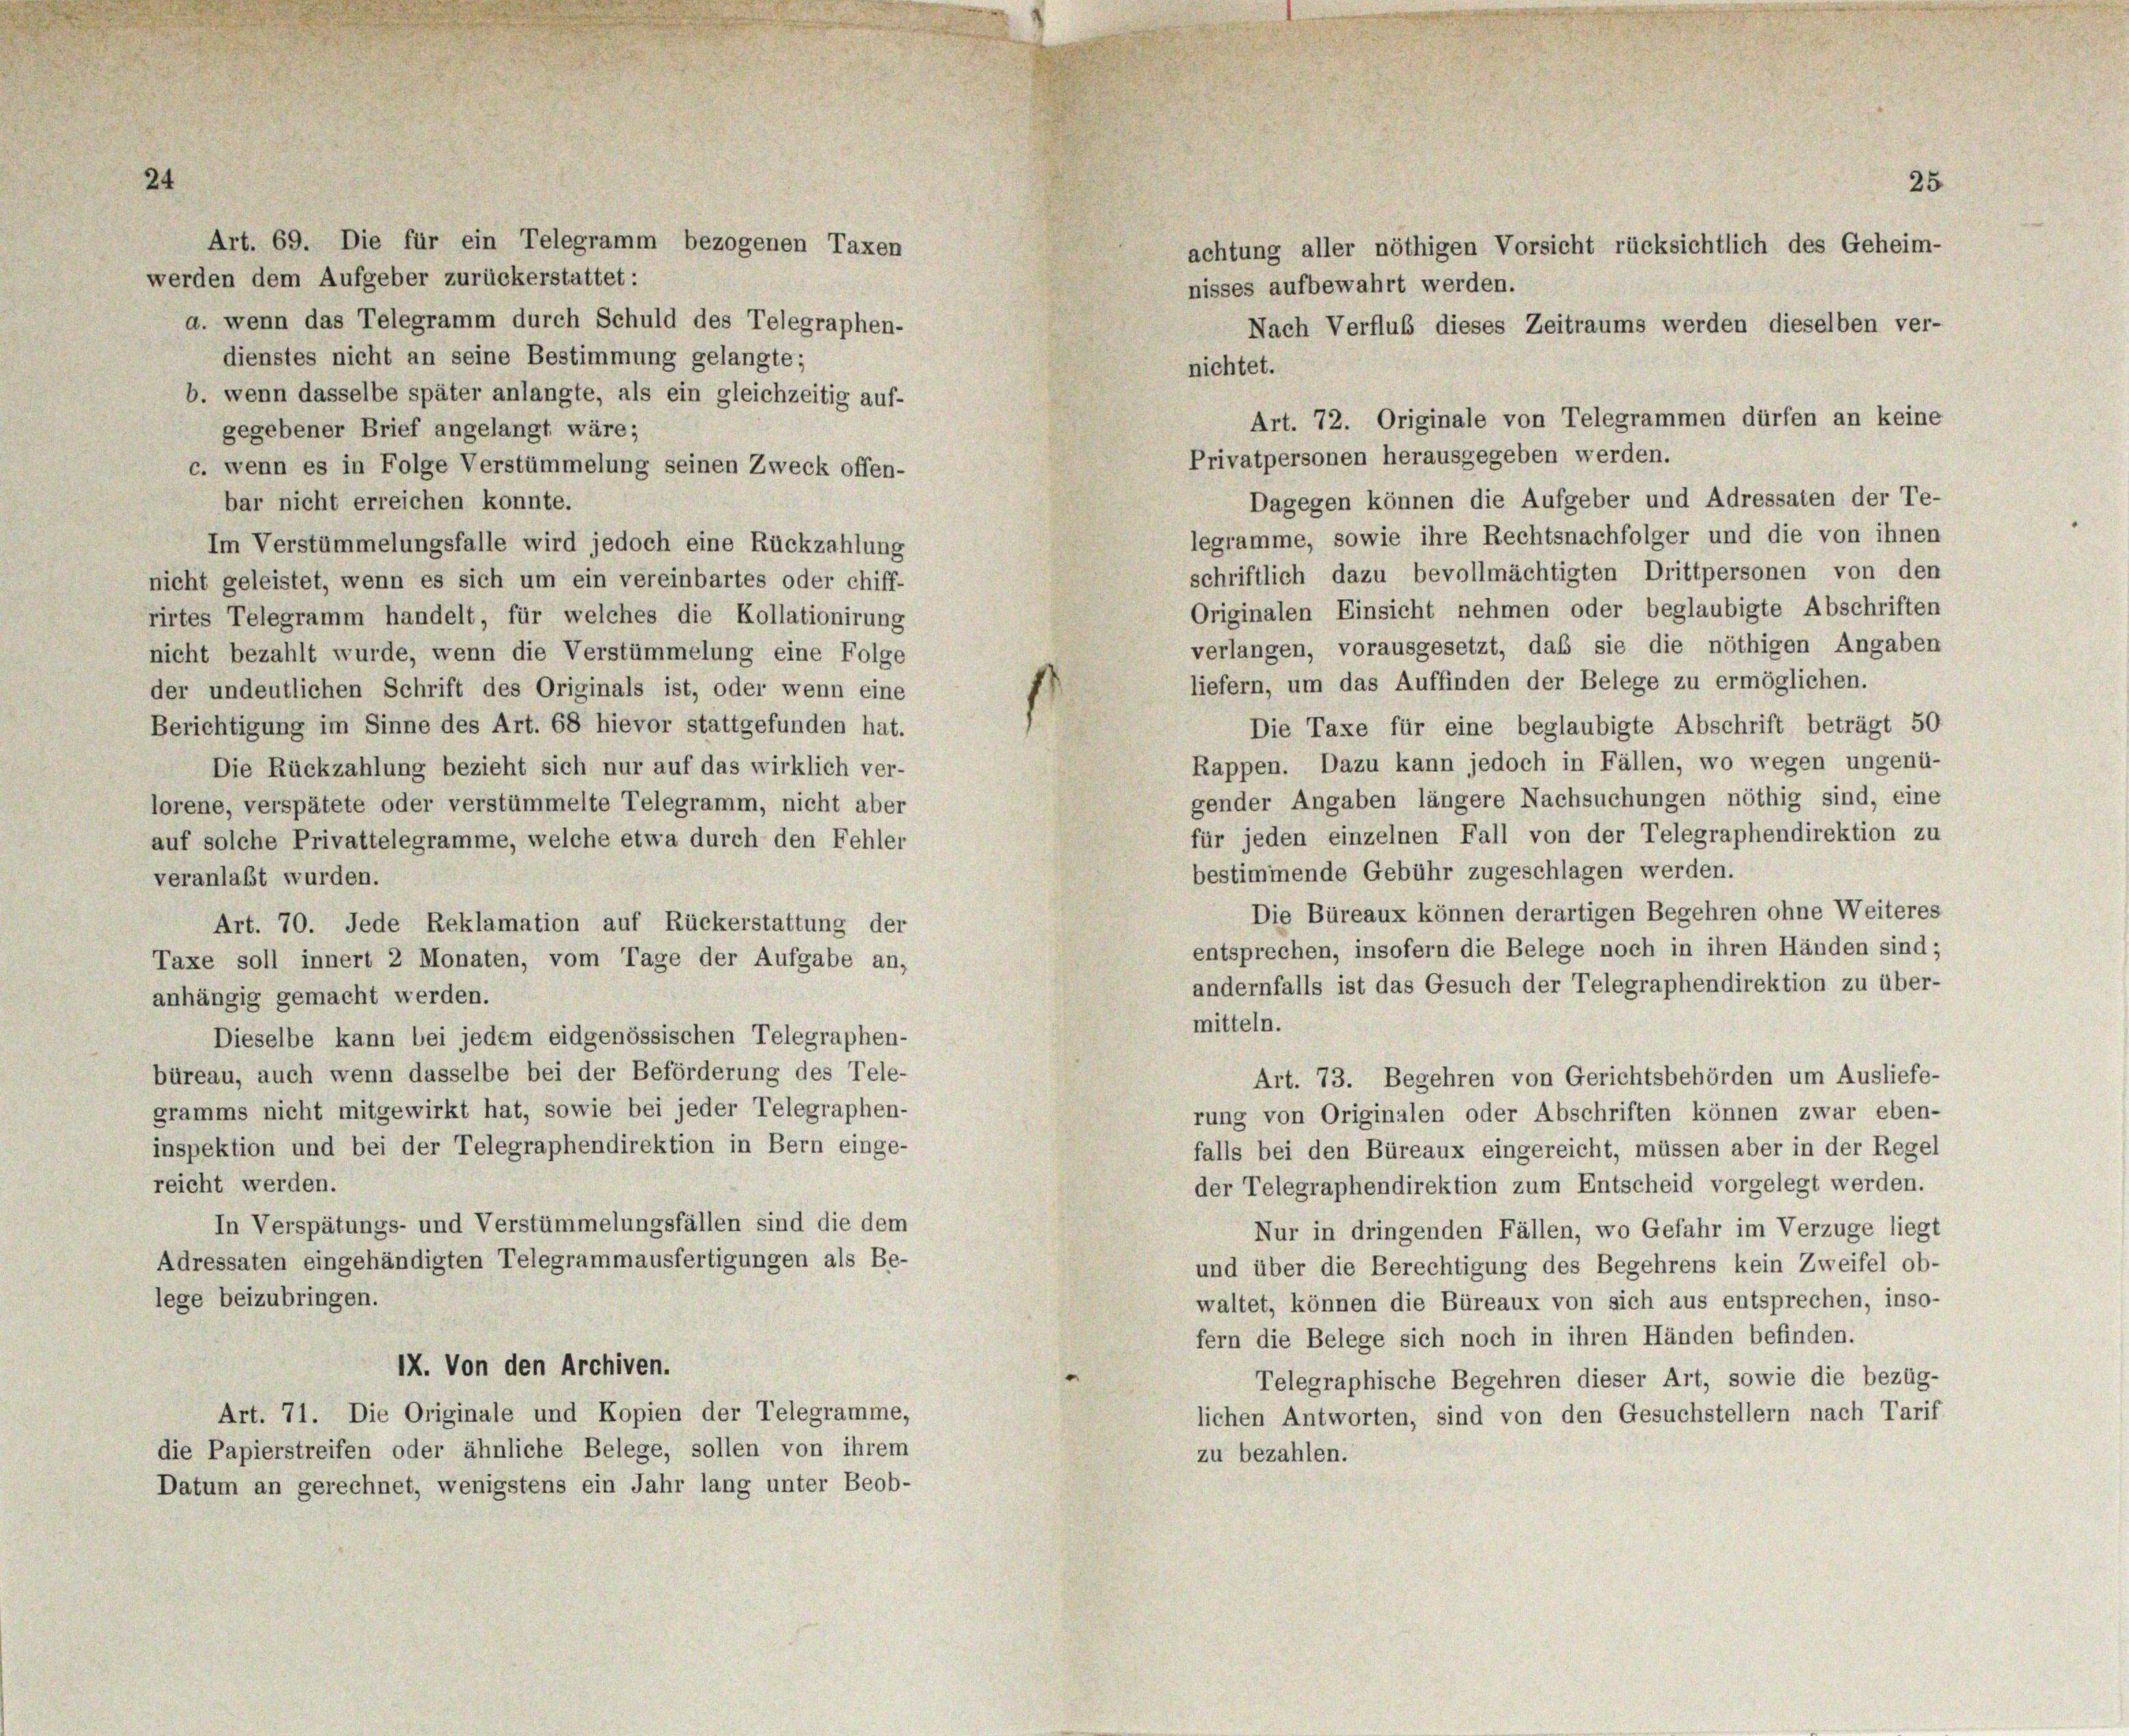
24

Art. 69. Die für ein Telegramm bezogenen Taxen
werden dem Aufgeber zurückerstattet:
nisses aufbewahrt werden.
a. wenn das Telegramm durch Schuld des Telegraphen-
Nach Verfluß dieses Zeitraums werden dieselben ver-
dienstes nicht an seine Bestimmung gelangte;
nichtet.
b. wenn dasselbe später anlangte, als ein gleichzeitig auf-
Art. 72. Originale von Telegrammen dürfen an keine
gegebener Brief angelangt wäre;
Privatpersonen herausgegeben werden.
c. wenn es in Folge Verstümmelung seinen Zweck offen-
Dagegen können die Aufgeber und Adressaten der Te-
bar nicht erreichen konnte.
legramme, sowie ihre Rechtsnachfolger und die von ihnen
Im Verstümmelungsfalle wird jedoch eine Rückzahlung
schriftlich dazu bevollmächtigten Drittpersonen von den
nicht geleistet, wenn es sich um ein vereinbartes oder chiff-
Originalen Einsicht nehmen oder beglaubigte Abschriften
rirtes Telegramm handelt, für welches die Kollationirung
verlangen, vorausgesetzt, daß sie die nöthigen Angaben
nicht bezahlt wurde, wenn die Verstümmelung eine Folge
liefern, um das Auffinden der Belege zu ermöglichen.
der undeutlichen Schrift des Originals ist, oder wenn eine
Berichtigung im Sinne des Art. 68 hievor stattgefunden hat.
Die Taxe für eine beglaubigte Abschrift beträgt 50
Rappen. Dazu kann jedoch in Fällen, wo wegen ungenü-
Die Rückzahlung bezieht sich nur auf das wirklich ver-
gender Angaben längere Nachsuchungen nöthig sind, eine
lorene, verspätete oder verstümmelte Telegramm, nicht aber
für jeden einzelnen Fall von der Telegraphendirektion zu
auf solche Privattelegramme, welche etwa durch den Fehler
bestimmende Gebühr zugeschlagen werden.
veranlaßt wurden.
Die Büreaux können derartigen Begehren ohne Weiteres
Art. 70. Jede Reklamation auf Rückerstattung der
entsprechen, insofern die Belege noch in ihren Händen sind;
Taxe soll innert 2 Monaten, vom Tage der Aufgabe an,
andernfalls ist das Gesuch der Telegraphendirektion zu über-
anhängig gemacht werden.
mitteln.
Dieselbe kann bei jedem eidgenössischen Telegraphen-
büreau, auch wenn dasselbe bei der Beförderung des Tele-
Art. 73. Begehren von Gerichtsbehörden um Ausliefe-
gramms nicht mitgewirkt hat, sowie bei jeder Telegraphen-
rung von Originalen oder Abschriften können zwar eben-
inspektion und bei der Telegraphendirektion in Bern einge-
falls bei den Büreaux eingereicht, müssen aber in der Regel
reicht werden.
der Telegraphendirektion zum Entscheid vorgelegt werden.
In Verspätungs- und Verstümmelungsfällen sind die dem
Nur in dringenden Fällen, wo Gefahr im Verzüge liegt
Adressaten eingehändigten Telegrammausfertigungen als Be-
und über die Berechtigung des Begehrens kein Zweifel ob-
lege beizubringen.
waltet, können die Büreaux von sich aus entsprechen, inso-
fern die Belege sich noch in ihren Händen befinden.
IX. Von den Archiven.
Telegraphische Begehren dieser Art, sowie die bezüg-
Art. 71. Die Originale und Kopien der Telegramme,
lichen Antworten, sind von den Gesuchstellern nach Tarif
die Papierstreifen oder ähnliche Belege, sollen von ihrem
zu bezahlen.
Datum an gerechnet, wenigstens ein Jahr lang unter Beob-

25
achtung aller nöthigen Vorsicht rücksichtlich des Geheim-